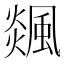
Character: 𩗹